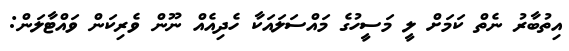
އިތުބާރު ނެތް ކަމަށް ލީ މަސީހުގެ މައްސަލައަކާ ހެދިއެއް ނޫން ވެރިކަން ވައްޓާލަން: